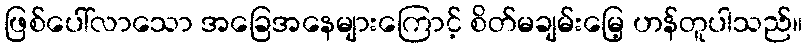
ဖြစ်ပေါ်လာသော အခြေအနေများကြောင့် စိတ်မချမ်းမြေ့ ဟန်တူပါသည်။